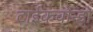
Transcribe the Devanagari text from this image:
टाईकवोन्डो